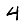
Digit: 4